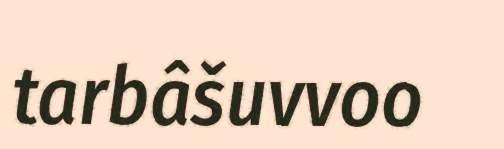
tarbâšuvvoo